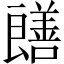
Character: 𫅞